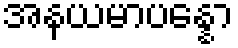
အနယမာပန္နော